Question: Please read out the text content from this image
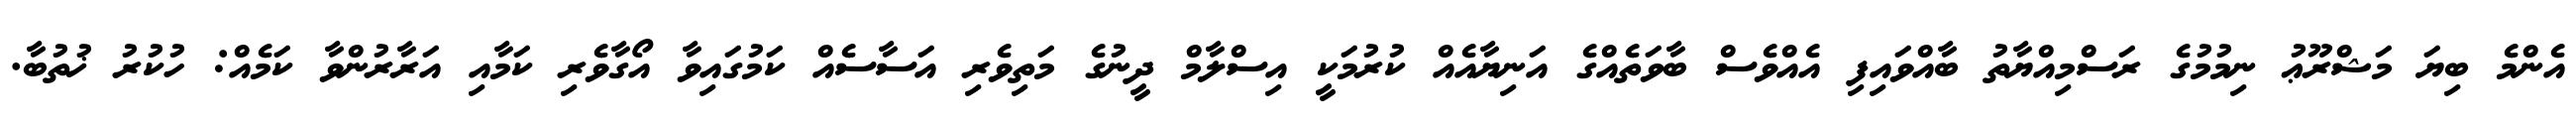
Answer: އެންމެ ބިޔަ މަޝްރޫޢު ނިމުމުގެ ރަސްމިއްޔާތު ބާއްވައިފި އެއްވެސް ބާވަތެއްގެ އަނިޔާއެއް ކުރުމަކީ އިސްލާމް ދީނުގެ މަތިވެރި އަސާސެއް ކަމުގައިވާ އޯގާވެރި ކަމާއި އަރާރުންވާ ކަމެއް: ހުކުރު ޚުތުބާ.